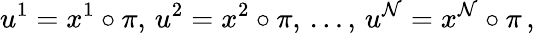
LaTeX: u^{1}=x^{1}\circ\pi,\, u^{2}=x^{2}\circ\pi,\, \dots,\, u^{\mathcal{N}}=x^{\mathcal{N}}\circ\pi\, ,